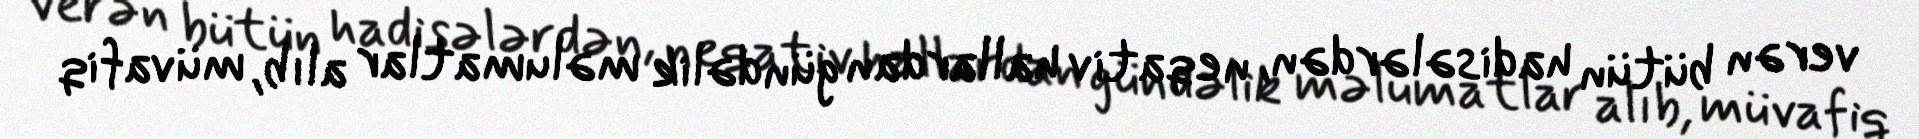
verən bütün hadisələrdən, neqativ hallardan gündəlik məlumatlar alıb, müvafiq